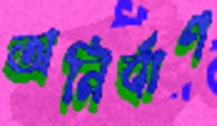
অনির্বাণ